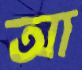
আ